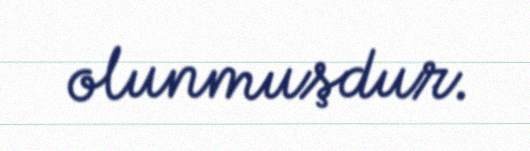
olunmuşdur.